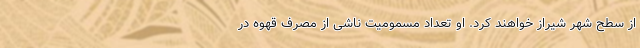
از سطح شهر شیراز خواهند کرد. او تعداد مسمومیت ناشی از مصرف قهوه در